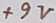
Text: +9V